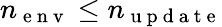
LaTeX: n_{\mathrm{~e~n~v~}}\leq n_{\mathrm{~u~p~d~a~t~e~}}